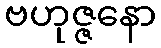
ဗဟုဇ္ဇနော